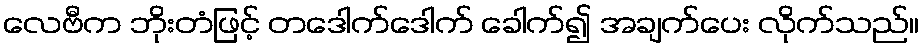
လေဗီက ဘိုးတံဖြင့် တဒေါက်ဒေါက် ခေါက်၍ အချက်ပေး လိုက်သည်။